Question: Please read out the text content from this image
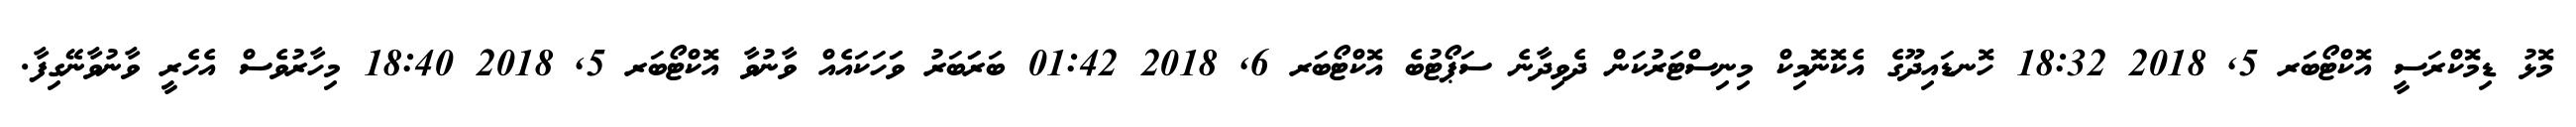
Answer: މޮޅު ޑިމޮކްރަސީ އޮކްޓޯބަރ 5, 2018 18:32 ހޮނޑައިދޫގެ އެކޮނޮމިކް މިނިސްޓަރުކަން ދެވިދާނެ ސަޕޯޓުބެ އޮކްޓޯބަރ 6, 2018 01:42 ބަރަަބަރު ވަަހަކައެއް ވާނުވާ އޮކްޓޯބަރ 5, 2018 18:40 މިހާރުވެސް އެހެރީ ވާނުވާނޭގިފާ.